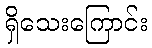
ရှိသေးကြောင်း